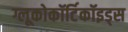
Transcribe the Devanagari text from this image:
ग्लूकोकॉर्टिकॉइड्स